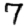
Digit: 7